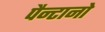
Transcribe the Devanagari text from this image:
पैन्टानो